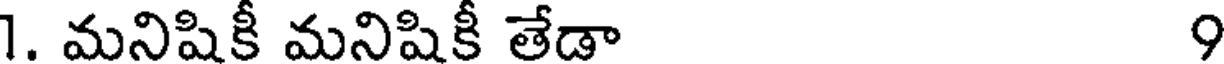
1. మనిషికీ మనిషికీ తేడా 9